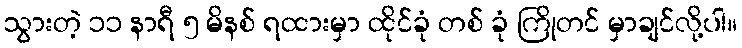
သွားတဲ့ ၁၁ နာရီ ၅ မိနစ် ရထားမှာ ထိုင်ခုံ တစ် ခုံ ကြိုတင် မှာချင်လို့ပါ။